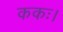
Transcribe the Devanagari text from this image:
ककः।